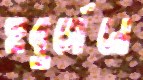
হুবুর্গেনে